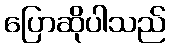
ပြောဆိုပါသည်